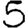
Digit: 5